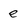
Character: e